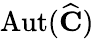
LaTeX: \operatorname{Aut}({\widehat{\mathbf{C}}})